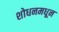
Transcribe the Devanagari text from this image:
शोधनमधून